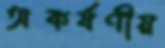
অকর্ষণীয়